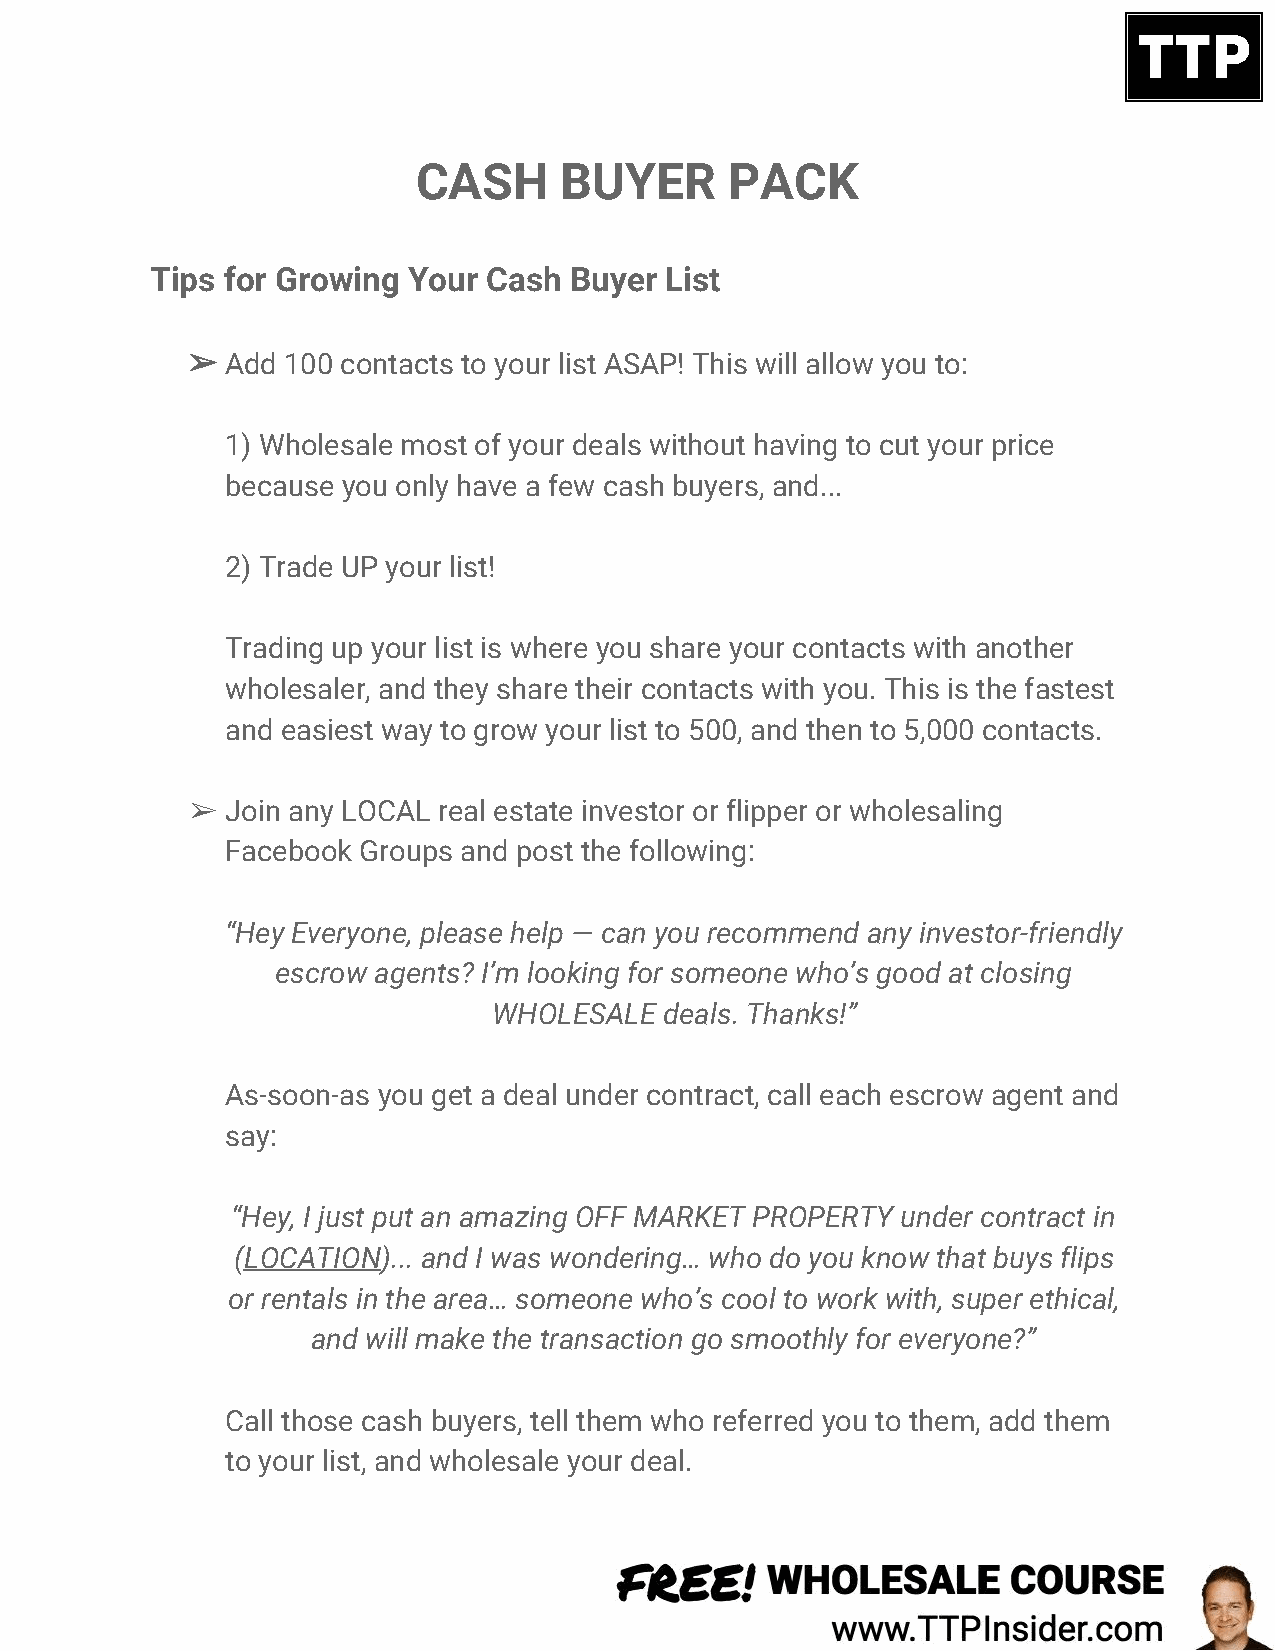
CASH     BUYER      PACK
 Tips for Growing Your Cash  Buyer List
 ➢  Add 100 contacts to your list ASAP! This will allow you to:
 1) Wholesale most of your deals without having to cut your price
 because you only have a few cash buyers, and...
 2) Trade UP your list!
 Trading up your list is where you share your contacts with another
 wholesaler, and they share their contacts with you. This is the fastest
 and easiest way to grow your list to 500, and then to 5,000 contacts.
 ➢  Join any LOCAL real estate investor or flipper or wholesaling
 Facebook Groups and post the following:
 “Hey Everyone, please help — can you recommend any investor-friendly
 escrow agents? I’m looking for someone who’s good at closing
 WHOLESALE  deals. Thanks!”
 As-soon-as you get a deal under contract, call each escrow agent and
 say:
 “Hey, I just put an amazing OFF MARKET PROPERTY under contract in
 (L​ OCATION​)... and I was wondering… who do you know that buys flips
 or rentals in the area… someone who’s cool to work with, super ethical,
 and will make the transaction go smoothly for everyone?”
 Call those cash buyers, tell them who referred you to them, add them
 to your list, and wholesale your deal.